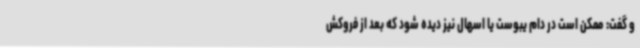
و گفت: ممکن است در دام یبوست یا اسهال نیز دیده شود که بعد از فروکش